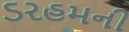
ડરહમની